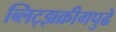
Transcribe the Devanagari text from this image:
ब्लिट्झक्रीगपुढे